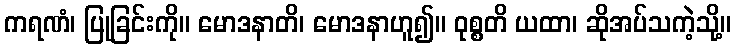
ကရဏံ၊ ပြုခြင်းကို။ မောဒနာတိ၊ မောဒနာဟူ၍။ ဝုစ္စတိ ယထာ၊ ဆိုအပ်သကဲ့သို့။